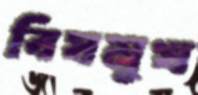
বিষমুখ